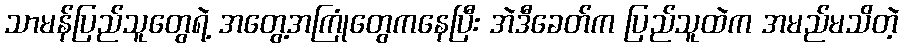
သာမန်ပြည်သူတွေရဲ့ အတွေ့အကြုံတွေကနေပြီး အဲဒီခေတ်က ပြည်သူထဲက အမည်မသိတဲ့